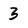
Character: 3